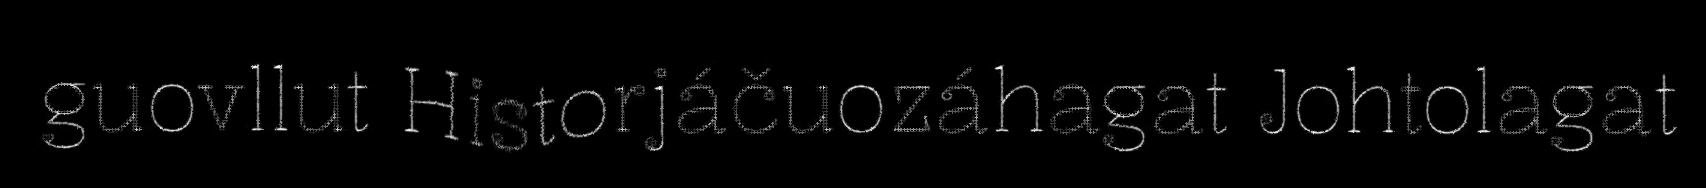
guovllut Historjáčuozáhagat Johtolagat